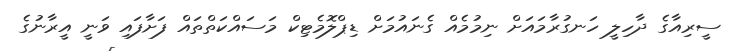
ސީރިއާގެ ދާހިލީ ހަނގުރާމައަށް ނިމުމެއް ގެނައުމަށް ޑިޕްލޮމެޓިކް މަސައްކަތްތައް ފަށާފައި ވަނީ އީރާނުގެ